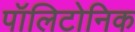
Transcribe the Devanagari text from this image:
पॉलिटोनिक